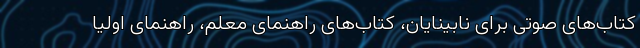
کتاب‌های صوتی برای نابینایان،‌ کتاب‌های راهنمای معلم، راهنمای اولیا